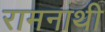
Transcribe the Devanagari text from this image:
रामनाथी